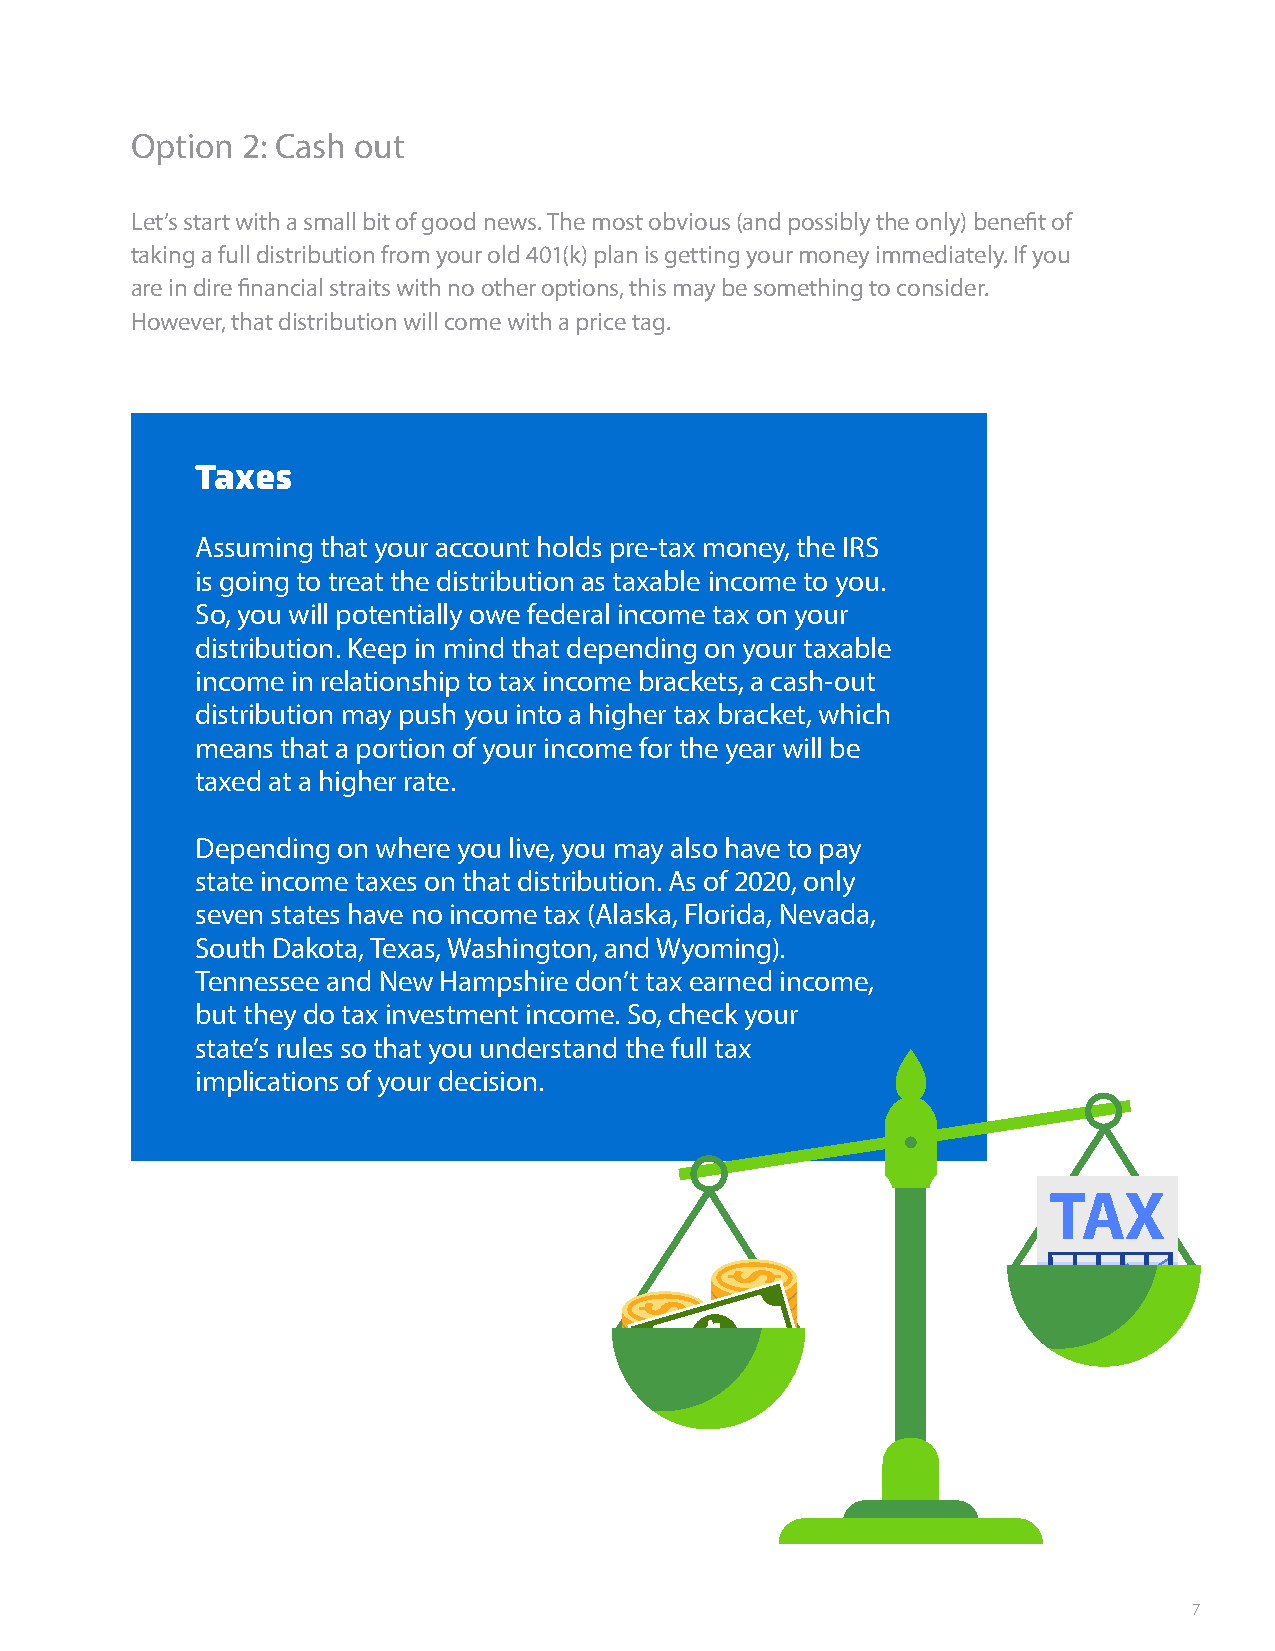
Option 2: Cash out
 Let’s start with a small bit of good news. The most obvious (and possibly the only) benefit of
 taking a full distribution from your old 401(k) plan is getting your money immediately. If you
 are in dire financial straits with no other options, this may be something to consider.
 However, that distribution will come with a price tag.
 Taxes
 Assuming that your account holds pre-tax money, the IRS
 is going to treat the distribution as taxable income to you.
 So, you will potentially owe federal income tax on your
 distribution. Keep in mind that depending on your taxable
 income in relationship to tax income brackets, a cash-out
 distribution may push you into a higher tax bracket, which
 means that a portion of your income for the year will be
 taxed at a higher rate.
 Depending on where you live, you may also have to pay
 state income taxes on that distribution. As of 2020, only
 seven states have no income tax (Alaska, Florida, Nevada,
 South Dakota, Texas, Washington, and Wyoming).
 Tennessee and New Hampshire don’t tax earned income,
 but they do tax investment income. So, check your
 state’s rules so that you understand the full tax
 implications of your decision.
 7